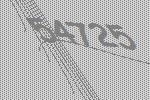
54725